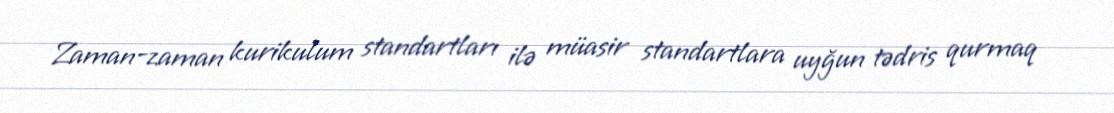
Zaman-zaman kurikulum standartları ilə müasir standartlara uyğun tədris qurmaq